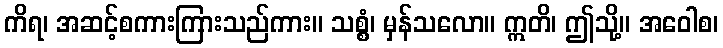
ကိရ၊ အဆင့်စကားကြားသည်ကား။ သစ္စံ၊ မှန်သလော။ ဣတိ၊ ဤသို့။ အဝေါစ၊